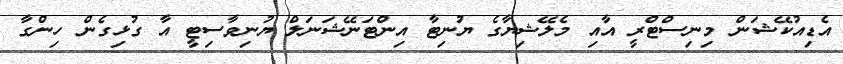
އެޑިއުކޭޝަން މިނިސްޓްރީ އާއި މެލޭޝިޔާގެ ޔުނިޓާ އިންޓަނޭޝަނަލް ޔުނިވާސިޓީ އާ ގުޅިގެން ހިންގާ